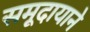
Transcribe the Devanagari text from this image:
समूदायाने